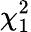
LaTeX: \chi_{1}^{2}